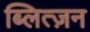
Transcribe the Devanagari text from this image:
ब्लित्ज़न